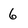
Character: 6